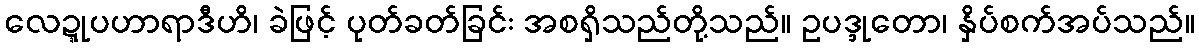
လေဍ္ဍုပဟာရာဒီဟိ၊ ခဲဖြင့် ပုတ်ခတ်ခြင်း အစရှိသည်တို့သည်။ ဥပဒ္ဒုတော၊ နှိပ်စက်အပ်သည်။